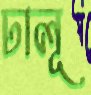
ঢালূ